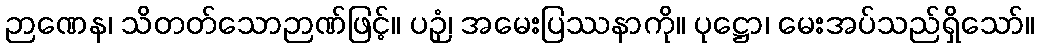
ဉာဏေန၊ သိတတ်သောဉာဏ်ဖြင့်။ ပဉှံ၊ အမေးပြဿနာကို။ ပုဋ္ဌော၊ မေးအပ်သည်ရှိသော်။